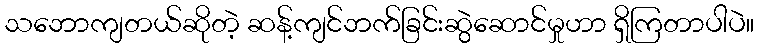
သဘောကျတယ်ဆိုတဲ့ ဆန့်ကျင်ဘက်ခြင်းဆွဲဆောင်မှုဟာ ရှိကြတာပါပဲ။